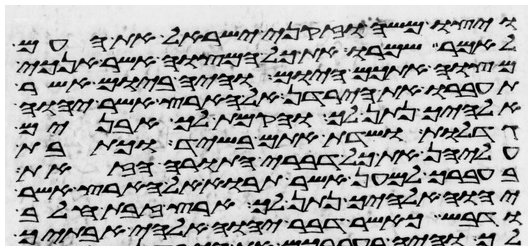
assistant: ויצו משה וזקני ישראל את העם
לאמר שמרו את כל המצוה אשר אנכי
מצוה אתכם היום והיה ביום אשר
תעברו את הירדן אל הארץ אשר יהוה
אלהיך נתן לך והקמת לך אבנים
גדלות ושדת אתם בשיד וכתבת
עליהן את כל דברי התורה הזאת
בעברך למען אשר תבוא אל הארץ אשר
יהוה אלהיך נתן לך ארץ זבת חלב
ודבש כאשר דבר יהוה אלהי אבתיך